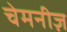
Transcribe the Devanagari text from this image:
चेमनीज़